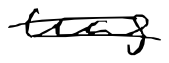
Text: was
Cross-out: mix
Writing tool: digital_black